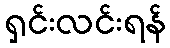
ရှင်းလင်းရန်